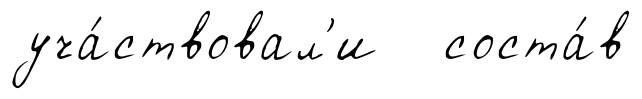
уча́ствовал'и соста́в